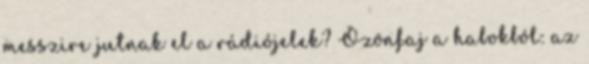
messzire jutnak el a rádiójelek? Özönfaj a habokból: az